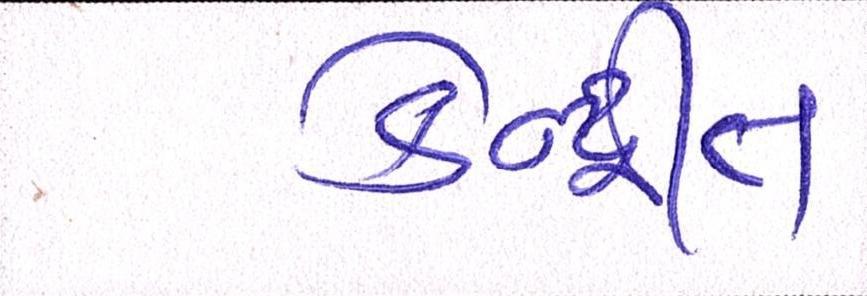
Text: કેન્દ્રીત